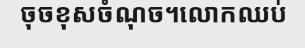
ចុចខុសចំណុច។លោកឈប់